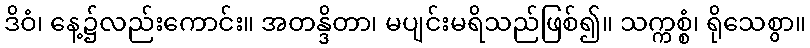
ဒိဝံ၊ နေ့၌လည်းကောင်း။ အတန္ဒိတာ၊ မပျင်းမရိသည်ဖြစ်၍။ သက္ကစ္စံ၊ ရိုသေစွာ။